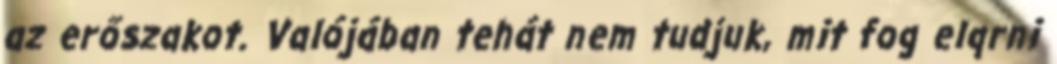
az erőszakot. Valójában tehát nem tudjuk, mit fog elqrni